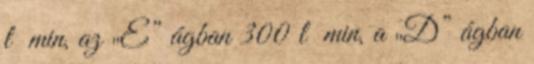
l min, az „E” ágban 300 l min, a „D” ágban